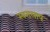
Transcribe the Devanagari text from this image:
स्वरालाप